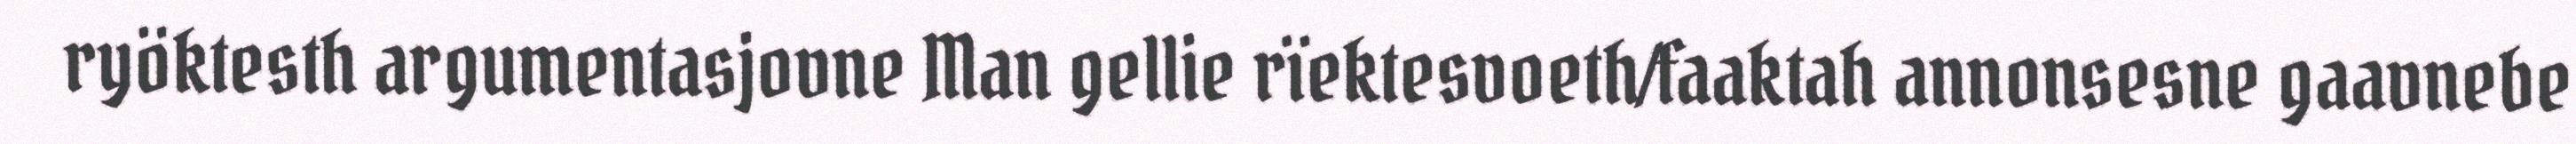
ryöktesth argumentasjovne Man gellie rïektesvoeth/faaktah annonsesne gaavnebe